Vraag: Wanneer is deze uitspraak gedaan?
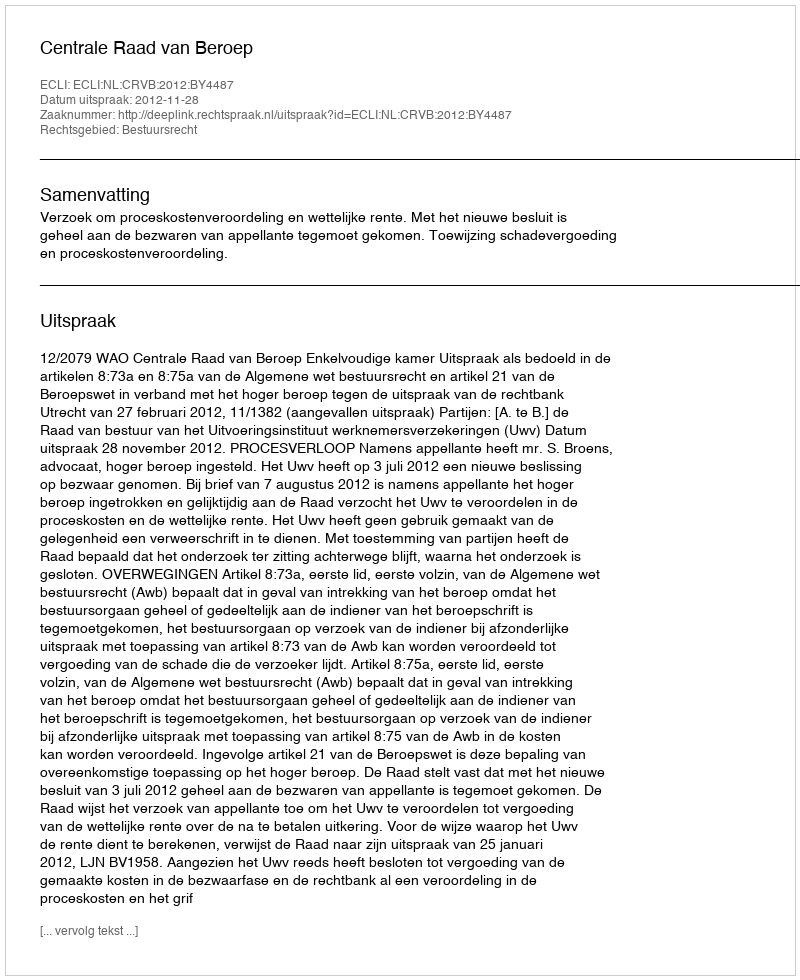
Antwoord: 2012-11-28